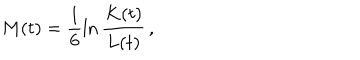
LaTeX: M ( t ) = \frac { 1 } { 6 } \ln \frac { K ( t ) } { L ( t ) } \, ,